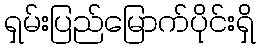
ရှမ်းပြည်မြောက်ပိုင်းရှိ